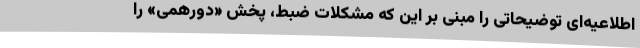
اطلاعیه‌ای توضیحاتی را مبنی بر این که مشکلات ضبط، پخش «دورهمی» را